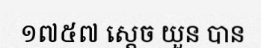
១៧៥៧ ស្តេច យួន បាន